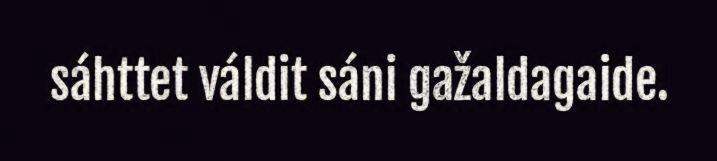
sáhttet váldit sáni gažaldagaide.